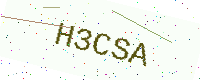
Text: H3CSA